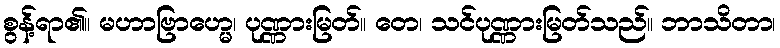
စွန့်ရာ၏။ မဟာဗြာဟ္မေ၊ ပုဏ္ဏားမြတ်။ တေ၊ သင်ပုဏ္ဏားမြတ်သည်။ ဘာသိတာ၊